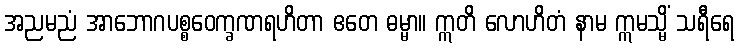
အညမညံ အာဘောဂပစ္စဝေက္ခဏရဟိတာ ဧတေ ဓမ္မာ။ ဣတိ လောဟိတံ နာမ ဣမသ္မိံ သရီရေ